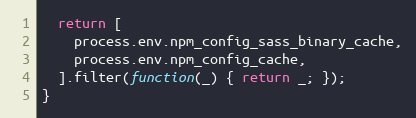
Language: JavaScript
  return [
    process.env.npm_config_sass_binary_cache,
    process.env.npm_config_cache,
  ].filter(function(_) { return _; });
}